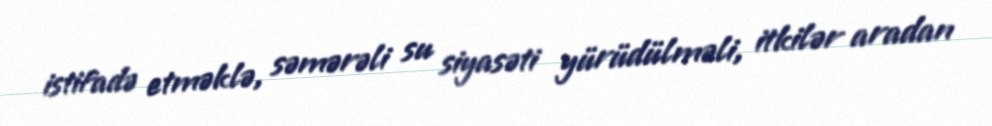
istifadə etməklə, səmərəli su siyasəti yürüdülməli, itkilər aradan